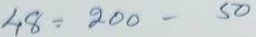
48 = 200 -50